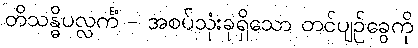
တိသန္ဓိပလ္လင်္ကံ - အစပ်သုံးခုရှိသော တင်ပျဉ်ခွေကို